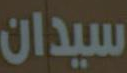
سيدان